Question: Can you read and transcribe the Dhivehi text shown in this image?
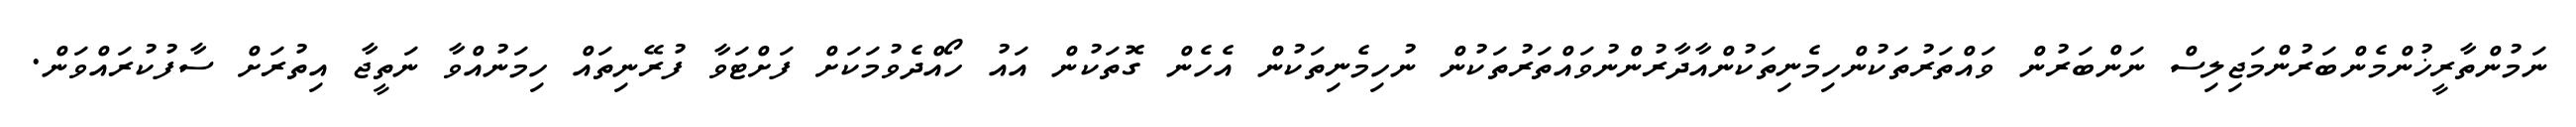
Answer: ނަމުންތާރީޚުންމެންބަރުންމަޖިލިސް ނަންބަރުން ވައްތަރުތަކުންހިމެނިތަކުންއާދާރުންނުވައްތަރުތަކުން ނުހިމެނިތަކުން އެހެން ގޮތަކުން އައު ހޯއްދެވުމަކަށް ފަށްޓަވާ ފުރޭނިތައް ހިމަނުއްވާ ނަތީޖާ އިތުރަށް ސާފުކުރައްވަން.